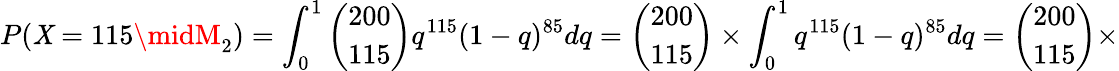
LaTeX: P(\mathit{X}=115\midM_{2})=\int_{0}^{1}{\binom{200}{115}}q^{115}(1-q)^{85}dq={\binom{200}{115}}\times\int_{0}^{1}q^{115}(1-q)^{85}dq={\binom{200}{115}}\times